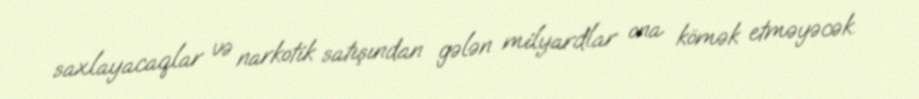
saxlayacaqlar və narkotik satışından gələn milyardlar ona kömək etməyəcək.